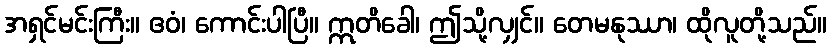
အရှင်မင်းကြီး။ ဧဝံ၊ ကောင်းပါပြီ။ ဣတိခေါ၊ ဤသို့လျှင်။ တေမနုဿာ၊ ထိုလူတို့သည်။